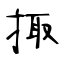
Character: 掫